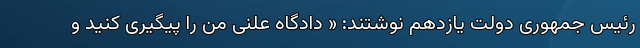
رئیس جمهوری دولت یازدهم نوشتند: « دادگاه علنی من را پیگیری کنید و